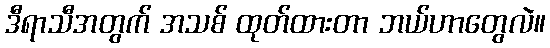
ဒီရာသီအတွက် အသစ် ထုတ်ထားတာ ဘယ်ဟာတွေလဲ။